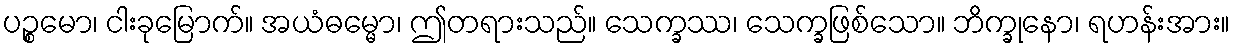
ပဉ္စမော၊ ငါးခုမြောက်။ အယံဓမ္မော၊ ဤတရားသည်။ သေက္ခဿ၊ သေက္ခဖြစ်သော။ ဘိက္ခုနော၊ ရဟန်းအား။